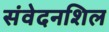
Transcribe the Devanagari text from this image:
संवेदनशिल